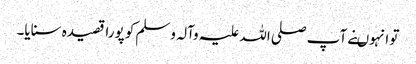
تو انہوںنے آپ صلی اللہ علیہ وآلہ وسلم کو پورا قصیدہ سنایا۔